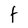
Character: t